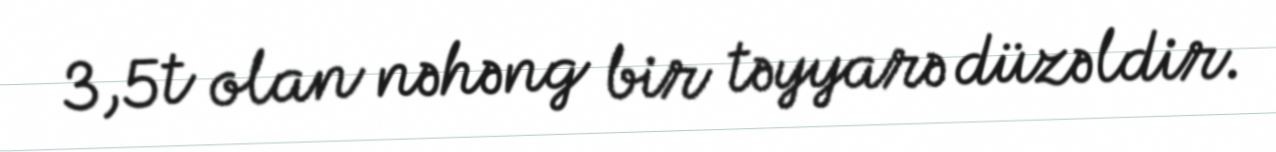
3,5t olan nəhəng bir təyyarə düzəldir.